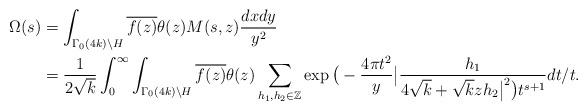
LaTeX: \begin{align*}\Omega(s)&= \int_{\Gamma_{0}(4k) \backslash H} \overline{f(z)}\theta(z) M(s,z) \frac{dx dy}{y^{2}}\\&=\frac{1}{2\sqrt{k}} \int_{0}^{\infty} \int_{\Gamma_{0}(4k) \backslash H} \overline{f(z)} \theta(z)\sum_{h_1,h_2 \in \mathbb{Z}} \exp\big( -\frac{4\pi t^2}{y} \big| \frac{h_1}{4\sqrt{k} +\sqrt{k}zh_2\big|^2\big) t^{s+1}} dt/t. \end{align*}